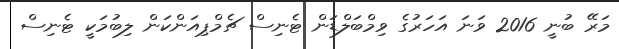
މަރޭ ބުނީ 2016 ވަނަ އަހަރުގެ ވިމްބަލްޑަން ޓެނިސް ޗެމްޕިއަންކަން ލިބުމަކީ ޓެނިސް